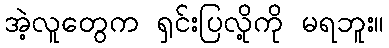
အဲ့လူတွေက ရှင်းပြလို့ကို မရဘူး။